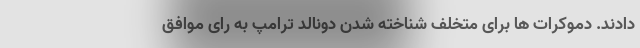
دادند. دموکرات ها برای متخلف شناخته شدن دونالد ترامپ به رای موافق